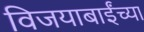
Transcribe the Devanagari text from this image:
विजयाबाईंच्या